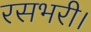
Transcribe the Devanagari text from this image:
रसभरी।